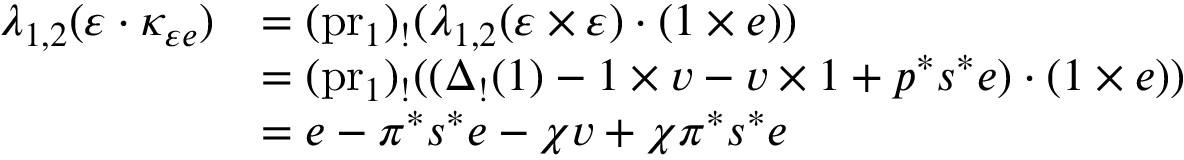
\begin{array} { r l } { \lambda _ { 1 , 2 } ( \varepsilon \cdot \kappa _ { \varepsilon e } ) } & { = ( \mathrm { p r } _ { 1 } ) _ { ! } ( \lambda _ { 1 , 2 } ( \varepsilon \times \varepsilon ) \cdot ( 1 \times e ) ) } \\ & { = ( \mathrm { p r } _ { 1 } ) _ { ! } ( ( \Delta _ { ! } ( 1 ) - 1 \times v - v \times 1 + p ^ { * } s ^ { * } e ) \cdot ( 1 \times e ) ) } \\ & { = e - \pi ^ { * } s ^ { * } e - \chi v + \chi \pi ^ { * } s ^ { * } e } \end{array}